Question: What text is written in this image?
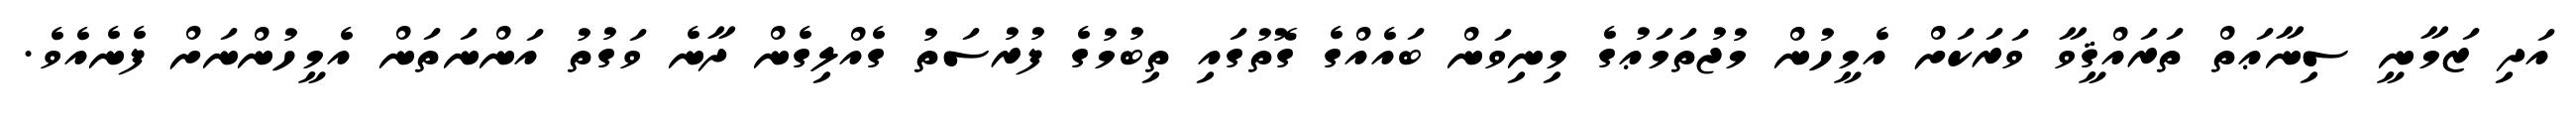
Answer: އަދި ޒަމާނީ ސިނާޢަތް ތަރައްޤީވާ ވަރަކަށް އެމީހުން މުޖުތަމަޢުގެ މިނިވަން ބައެއްގެ ގޮތުގައި ތިބުމުގެ ފުރުސަތު ގެއްލިގެން ދާނެ ވަގުތު އަންނަތަން އެމީހުންނަށް ފެނެއެވެ.